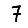
Digit: 7